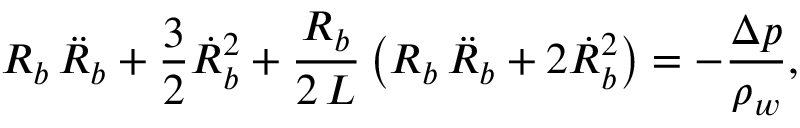
R _ { b } \, \ddot { R } _ { b } + \frac { 3 } { 2 } \dot { R } _ { b } ^ { 2 } + \frac { R _ { b } } { 2 \, L } \left( R _ { b } \, \ddot { R } _ { b } + 2 \dot { R } _ { b } ^ { 2 } \right) = - \frac { \upDelta p } { \rho _ { w } } ,